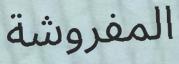
المفروشة